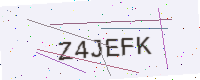
Text: Z4JEFK